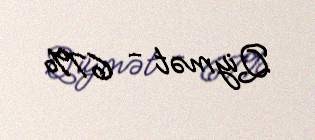
Qiymət - 67%